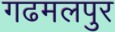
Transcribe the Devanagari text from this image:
गढमलपुर